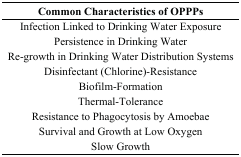
<table><thead><tr><td><b>Common Characteristics of OPPPs</b></td></tr></thead><tbody><tr><td>Infection Linked to Drinking Water Exposure</td></tr><tr><td>Persistence in Drinking Water</td></tr><tr><td>Re-growth in Drinking Water Distribution Systems</td></tr><tr><td>Disinfectant (Chlorine)-Resistance</td></tr><tr><td>Biofilm-Formation</td></tr><tr><td>Thermal-Tolerance</td></tr><tr><td>Resistance to Phagocytosis by Amoebae</td></tr><tr><td>Survival and Growth at Low Oxygen</td></tr><tr><td>Slow Growth</td></tr></tbody></table>